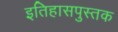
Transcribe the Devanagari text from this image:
इतिहासपुस्तक